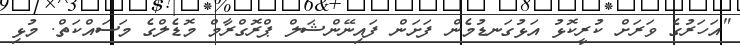
"އަހަރުގެ ވަރަށް ކުރީކޮޅު އަޅުގަނޑުމެން ފަށަން ފައިނޭންޝަލް ޕްރޮގްރާމް މޮޑެލްގެ މަސައްކަތް. މުޅި